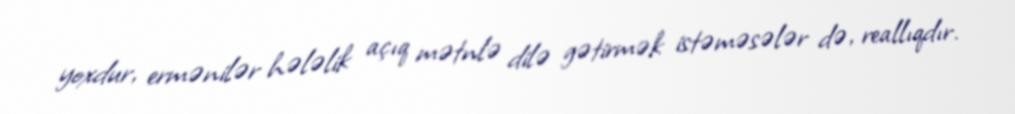
yoxdur, ermənilər hələlik açıq mətnlə dilə gətirmək istəməsələr də, reallıqdır.